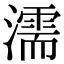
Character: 濡